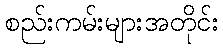
စည်းကမ်းများအတိုင်း